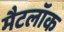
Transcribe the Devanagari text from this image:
मैटलॉक